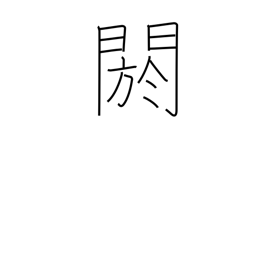
Meaning: conceal